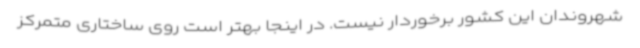
شهروندان این کشور برخوردار نیست. در اینجا بهتر است روی ساختاری متمرکز